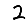
Digit: 2